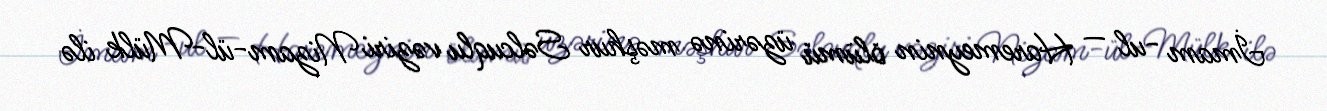
İmam -ul — Haremeynin ölümü üzərinə məşhur Səlcuqlu vəziri Nizam-ül-Mülk ilə